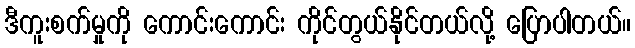
ဒီကူးစက်မှုကို ကောင်းကောင်း ကိုင်တွယ်နိုင်တယ်လို့ ပြောပါတယ်။